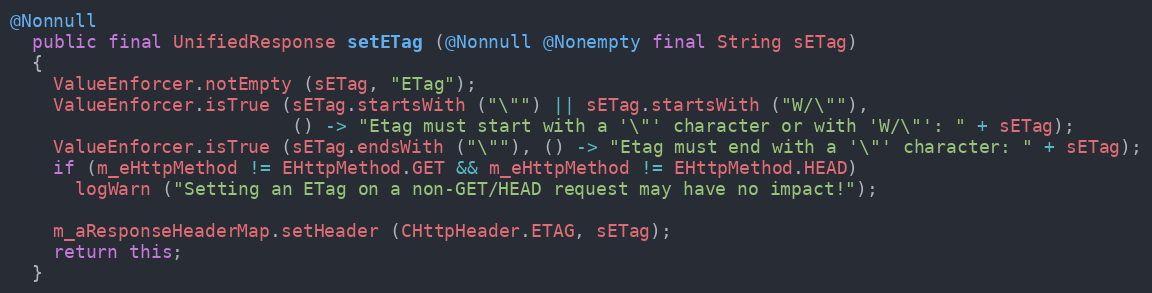
Language: Java
@Nonnull
  public final UnifiedResponse setETag (@Nonnull @Nonempty final String sETag)
  {
    ValueEnforcer.notEmpty (sETag, "ETag");
    ValueEnforcer.isTrue (sETag.startsWith ("\"") || sETag.startsWith ("W/\""),
                          () -> "Etag must start with a '\"' character or with 'W/\"': " + sETag);
    ValueEnforcer.isTrue (sETag.endsWith ("\""), () -> "Etag must end with a '\"' character: " + sETag);
    if (m_eHttpMethod != EHttpMethod.GET && m_eHttpMethod != EHttpMethod.HEAD)
      logWarn ("Setting an ETag on a non-GET/HEAD request may have no impact!");

    m_aResponseHeaderMap.setHeader (CHttpHeader.ETAG, sETag);
    return this;
  }